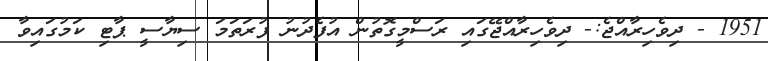
1951 - ދިވެހިރާއްޖެ:- ދިވެހިރާއްޖޭގައި ރަސްމީގޮތުން އުފެދުނު ފުރަތަމަ ސިޔާސީ ޕާޓި ކަމުގައިވާ